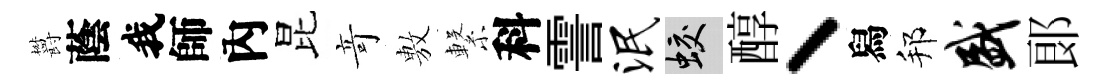
欝蔭我師內昆竒𢾾繋科霅泯蛟醇丶舄邦盛郞